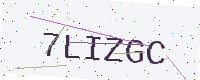
Text: 7LIZGC